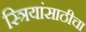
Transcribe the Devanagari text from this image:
स्त्रियांसाठीचा